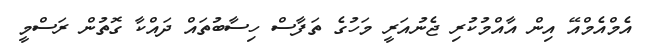
އެމްއެމްއޭ އިން އާއްމުކުރި ޖެނުއަރީ މަހުގެ ތަފާސް ހިސާބުތައް ދައްކާ ގޮތުން ރަސްމީ